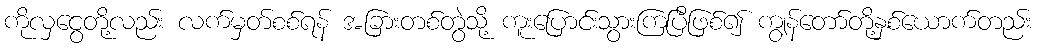
ကိုလှငွေတို့လည်း လက်မှတ်စစ်ရန် အခြားတစ်တွဲသို့ ကူးပြောင်းသွားကြပြီဖြစ်၍ ကျွန်တော်တို့နှစ်ယောက်တည်း